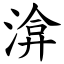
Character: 渰